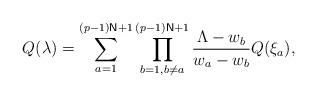
LaTeX: \begin{align*}Q(\lambda )=\sum_{a=1}^{(p-1)\mathsf{N}+1}\prod_{b=1,b\neq a}^{(p-1)\mathsf{N}+1}\frac{\Lambda -w_{b}}{w_{a}-w_{b}}Q(\xi _{a}), \end{align*}